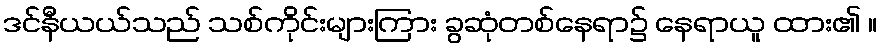
ဒင်နီယယ်သည် သစ်ကိုင်းများကြား ခွဆုံတစ်နေရာ၌ နေရာယူ ထား၏ ။